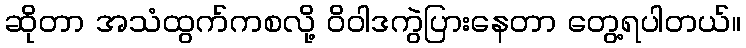
ဆိုတာ အသံထွက်ကစလို့ ဝိဝါဒကွဲပြားနေတာ တွေ့ရပါတယ်။